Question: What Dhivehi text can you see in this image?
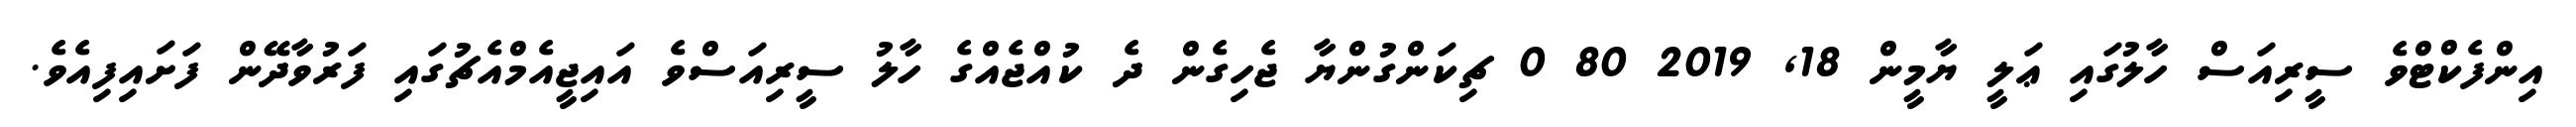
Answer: އިންފެކްޓްވެ ސީރިއަސް ހާލުގައި ޢަލީ ޔާމީން 18, 2019 80 0 ޗިކަންގުންޔާ ޖެހިގެން ދެ ކުއްޖެއްގެ ހާލު ސީރިއަސްވެ އައިޖީއެމްއެޗުގައި ފަރުވާދޭން ފަށައިފިއެވެ.